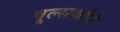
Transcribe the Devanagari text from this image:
वूल्सथोर्प